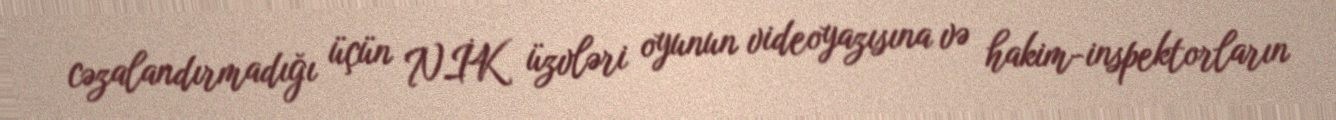
cəzalandırmadığı üçün NİK üzvləri oyunun videoyazısına və hakim-inspektorların